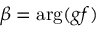
\beta = \arg ( g f )